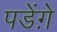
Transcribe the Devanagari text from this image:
पडेंग़े